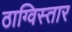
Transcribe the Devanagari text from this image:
ठाग्विस्तार